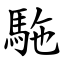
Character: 駞